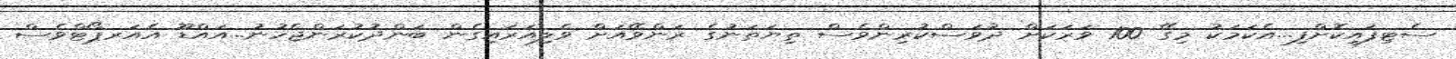
ސެޓިފައިކޮށްފި...އެކަމަކު މިގޭ 100 ވަރަކަށް ދުވަސްކުރިންވެސް ތިޔަތަނުގެ ރަންވޭއަށް ވެލިއަރައިގެން ބަންދުކުރަންޖެހުނު...އައްޑޫ އެއަރޕޯޓްވެސް